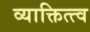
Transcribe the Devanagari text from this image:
व्याक्तित्त्व